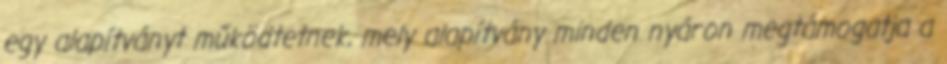
egy alapítványt működtetnek, mely alapítvány minden nyáron megtámogatja a